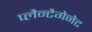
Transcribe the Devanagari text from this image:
प्लैन्टैगेनेट